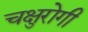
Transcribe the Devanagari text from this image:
चक्षुरोगी